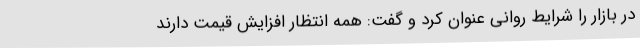
در بازار را شرایط روانی عنوان کرد و گفت: همه انتظار افزایش قیمت دارند